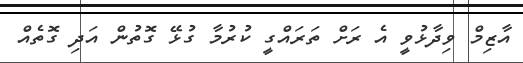
އާޒިމް ވިދާޅުވީ އެ ރަށް ތަރައްގީ ކުރުމާ ގުޅޭ ގޮތުން އަދި ގޮތެއް